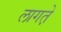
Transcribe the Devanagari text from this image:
लागत़े